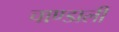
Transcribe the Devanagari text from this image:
चाण्डाली